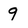
Character: 9